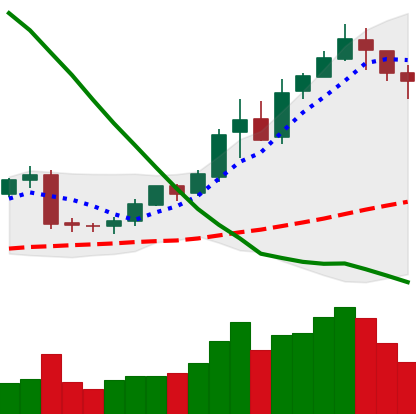
Ticker: BNB-USD
Chart end date: 2019-02-14
Forward return: 20.28%
Label: up_7plus